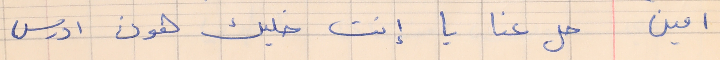
امين     حل عنا يا إنت خليك هون ادرس